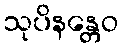
သုပိနန္တေဝ